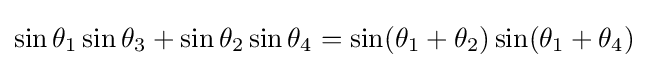
\sin \theta _{1}\sin \theta _{3}+\sin \theta _{2}\sin \theta _{4}=\sin(\theta _{1}+\theta _{2})\sin(\theta _{1}+\theta _{4})